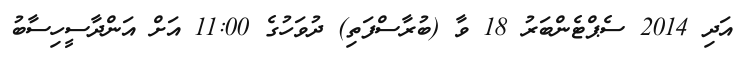
އަދި 2014 ސެޕްޓެންބަރު 18 ވާ (ބުރާސްފަތި) ދުވަހުގެ 11:00 އަށް އަންދާސީހިސާބު